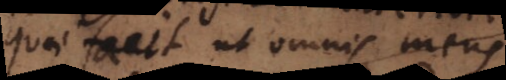
quae facit ut omnis mens